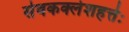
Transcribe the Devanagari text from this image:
सेवकक्लेशहर्त्तः